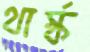
থার্স্ক